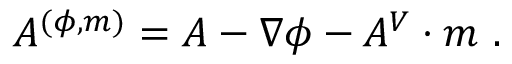
A ^ { ( \phi , m ) } = A - \nabla \phi - A ^ { V } \cdot m \ .